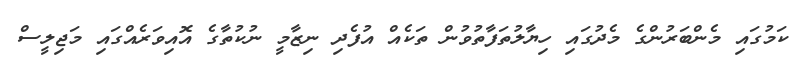
ކަމުގައި މެންބަރުންގެ މެދުގައި ހިޔާލުތަފާތުވުން ތަކެއް އުފެދި ނިޒާމީ ނުކުތާގެ އޮއިވަރެއްގައި މަޖިލީސް